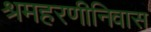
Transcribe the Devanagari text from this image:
श्रमहरणीनिवास